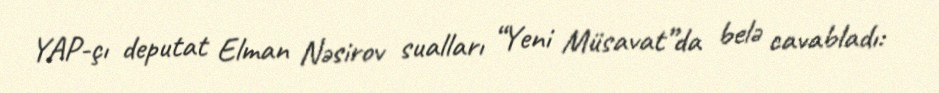
YAP-çı deputat Elman Nəsirov sualları “Yeni Müsavat”da belə cavabladı: